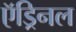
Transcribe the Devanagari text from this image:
ऍड्रिनल